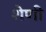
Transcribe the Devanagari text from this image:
शेणी